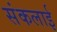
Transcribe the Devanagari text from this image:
संकलाई